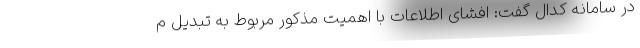
در سامانه کدال گفت: افشای اطلاعات با اهمیت مذکور مربوط به تبدیل م